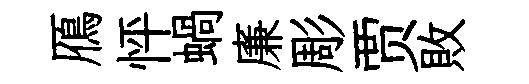
鴈怦蝸廉彫贾敗